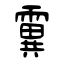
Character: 霬